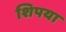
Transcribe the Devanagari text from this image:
शिपया